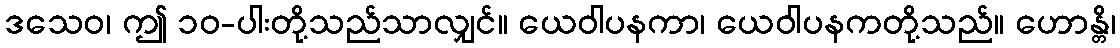
ဒသေဝ၊ ဤ ၁၀-ပါးတို့သည်သာလျှင်။ ယေဝါပနကာ၊ ယေဝါပနကတို့သည်။ ဟောန္တိ၊